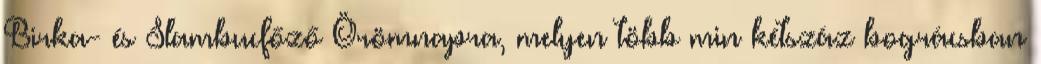
Birka- és Slambucfőző Örömnapra, melyen több min kétszáz bográcsban